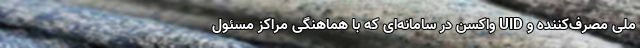
ملی مصرف‌کننده و UID واکسن در سامانه‌ای که با هماهنگی مراکز مسئول